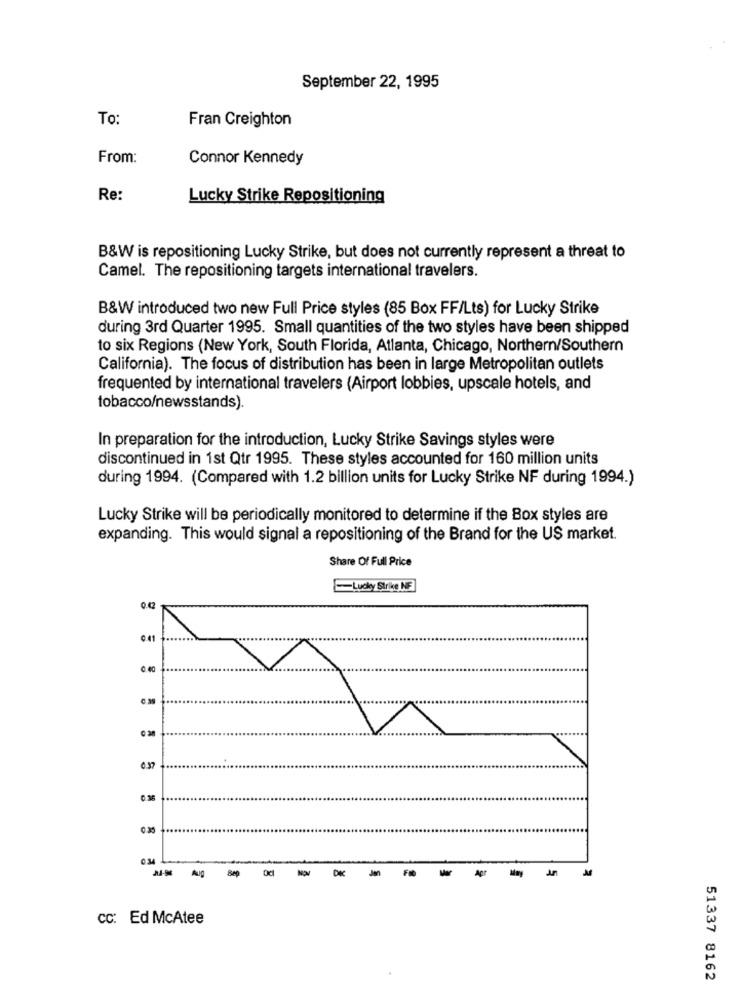
September 22, 1995
To:
Fran Creighton
From:
Connor Kennedy
Re:
Lucky Strike Repositioning
B&W is repositioning Lucky Strike, but does not currently represent a threat to
Camel. The repositioning targets international travelers.
B&W introduced two new Full Price styles (85 Box FF/Lts) for Lucky Strike
during 3rd Quarter 1995. Small quantities of the two styles have been shipped
to six Regions (New York, South Florida, Atlanta, Chicago, Northern/Southern
California). The focus of distribution has been in large Metropolitan outlets
frequented by international travelers (Airport lobbies, upscale hotels, and
tobacco/newsstands).
In preparation for the introduction, Lucky Strike Savings styles were
discontinued in 1st Qtr 1995. These styles accounted for 160 million units
during 1994. (Compared with 1.2 billion units for Lucky Strike NF during 1994.)
Lucky Strike will be periodically monitored to determine if the Box styles are
expanding. This would signal a repositioning of the Brand for the US market.
Share Of Full Price
Lucky Strike NF
0.42
0.41
0.39
0.37
0.36
0.25
0.34
Sep
od
in
cc: Ed McAtee
51337 8162